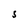
Character: S